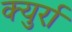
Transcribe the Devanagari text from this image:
क्युर्रा